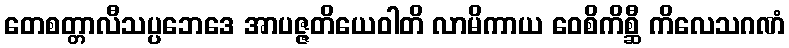
တေစတ္တာလီသပ္ပဘေဒေ အာပဇ္ဇတိယေဝါတိ လာမိကာယ ဝေစိကိစ္ဆီ ကိလေသဂဏံ